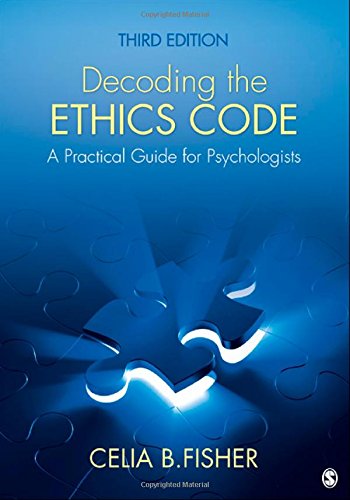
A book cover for Decoding the Ethics Code: A Practical Guide for Psychologists; Celia B. Fisher; Medical Books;